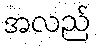
အလည်